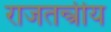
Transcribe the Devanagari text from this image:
राजतन्त्रीय